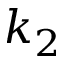
k _ { 2 }